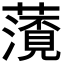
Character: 𮒐